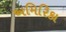
અમિરિકા